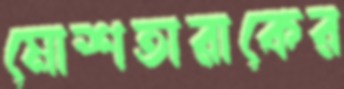
মোশতারাকের